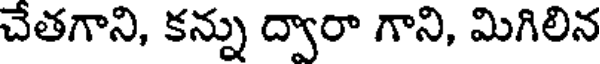
చేతగాని, కన్ను ద్వారా గాని, మిగిలిన